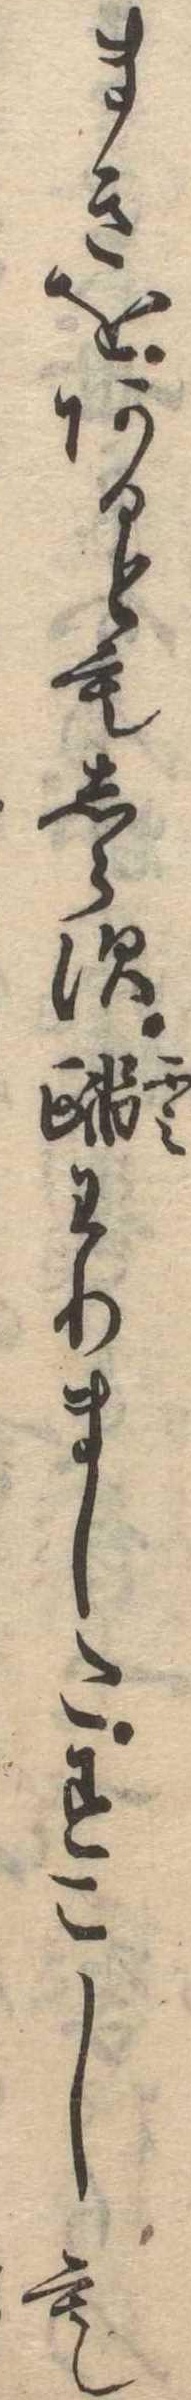
まきをあるともしらす踏わりましたすこしも